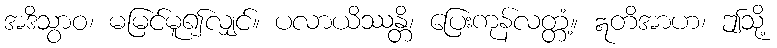
အဒိသွာဝ၊ မမြင်မူ၍လျှင်။ ပလာယိဿန္တိ၊ ပြေးကုန်လတ္တံ့။ ဣတိအာဟ၊ ဤသို့